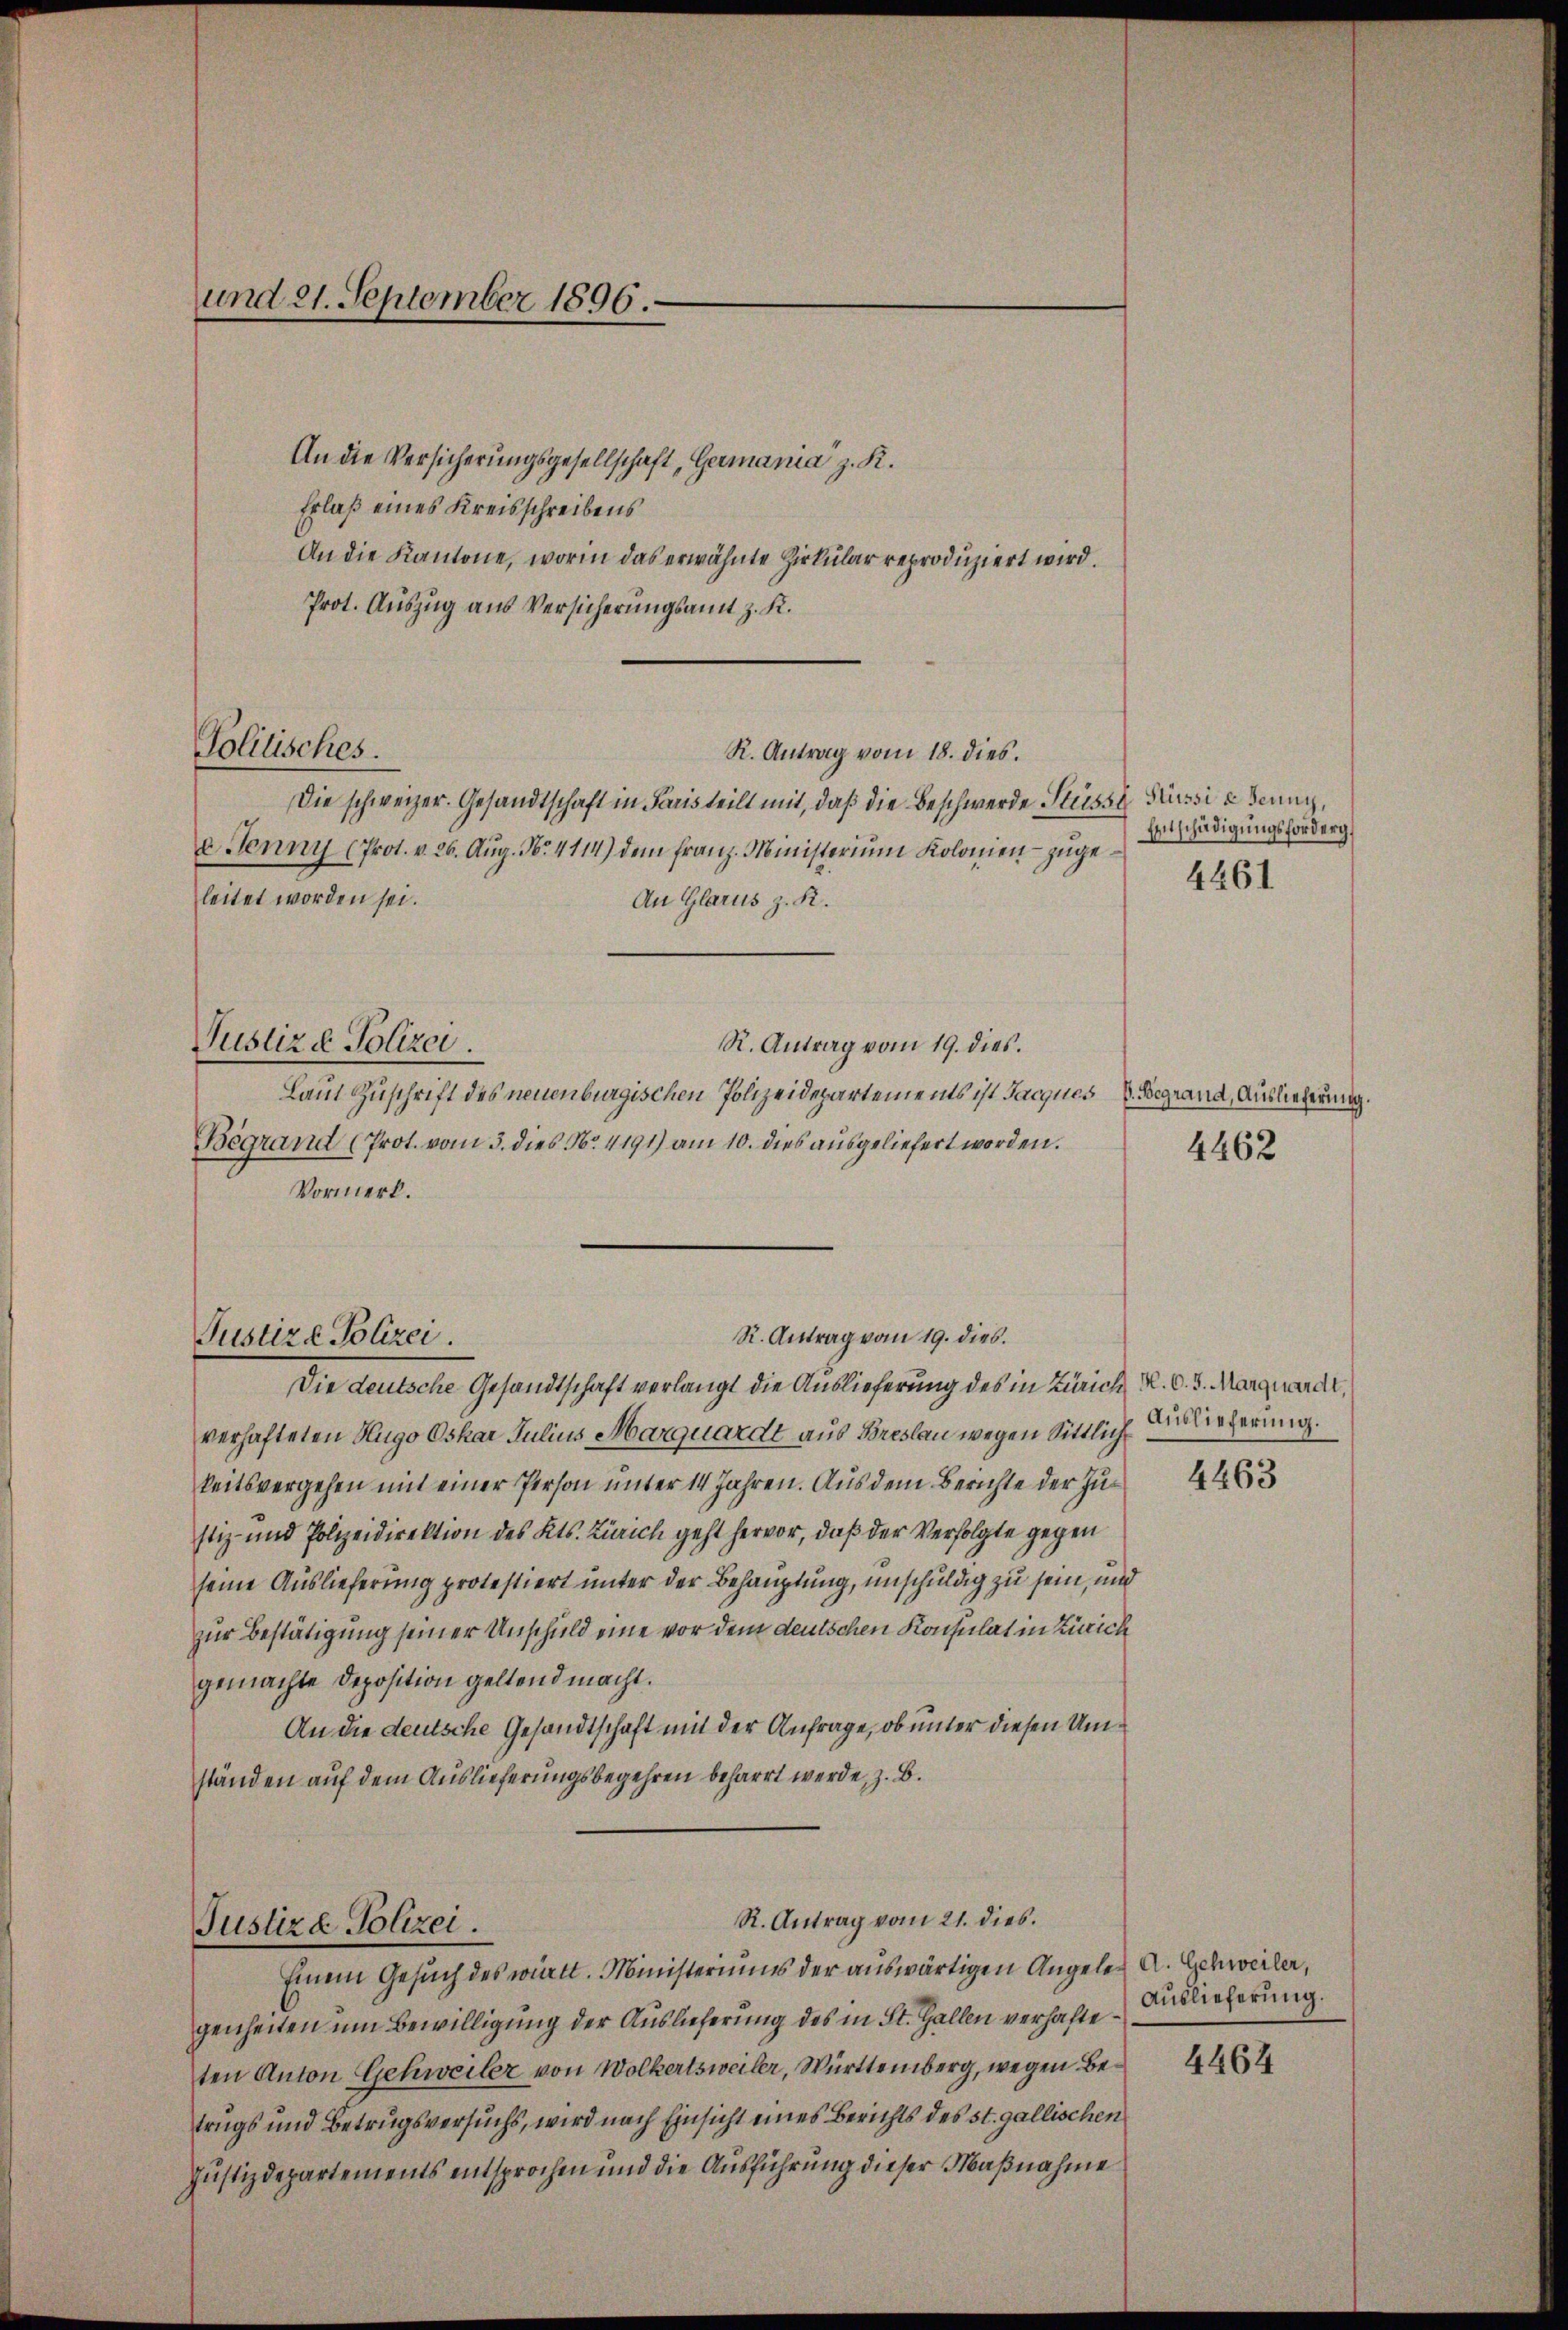
und 21. September 1896.

An die Versicherungsgesellschaft, Germania z. R.
Erlaß eines Kreisschreibens
An die Kantone, worin das erwähnte Zirkular reproduziert wird.
Prot. Auszug aus Versicherungsamt z. K.
Die schweizer. Gesandtschaft in Paris teilt mit, daß die Beschwerde Stüsse Pressi e Jenny,
e Jenny (Prot. v. 26. Aŭg. N. 4114) dem franz-Ministerium Kolonien zugeleitet worden sei.
An Glarus z. R.
Justizd Polizei.
R. Antrag vom 19. dies.
Laut Zuschrift des neuenburgischen Polizeidepartements ist Jacques V. Begrand, Auslieferung.
Begrand (Prot. vom 3. dies No. 4191) am 10. dies ausgeliefert worden.
Vormerk.
R. Antrag vom 19. dies.
Die deutsche Gesandtschaft verlangt die Auslieferung des in Zürich M. v. 3. Marguardt,
verhafteten Hugo Oskar Julius Marquardt aus Breslau wegen Sittlich
keitsvergehen mit einer Person unter 14 Jahren. Aus dem Berichte der Justiz- und Polizeidirektion des Kts. Zürich geht hervor, daß der Verfolgte gegen
seine Auslieferung protestiert unter der Behauptung, unschuldig zu sein, und
zur Bestätigung seiner Unschuld eine vor dem deutschen Konsulat in Zürich
gemachte Deposition geltend macht.
An die deutsche Gesandtschaft mit der Anfrage, ob unter diesen Umständen auf dem Auslieferungsbegehren beharrt werde, z. B.
R. Antrag vom 21. dies.
Justiz & Polizei
Einem Gesuch des württ. Ministeriums der auswärtigen Angeler A. Schweiler,
genheiten um Bewilligung der Auslieferung des in St. Gallen verhafteten Anton Schweiler von Wolkertsweiler, Württemberg, wegen Betrugs und Betrugsversuchs, wird nach Einsicht eines Berichts des st. gallischen
Justizdepartements entsprochen und die Ausführung dieser Maßnahme

Politisches.

Justiz- Polizei.

R. Antrag vom 18. dies.

Entschädigungsforderg
4461

4462

Auslieferung.
4463

Auslieferung.

4464